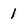
Character: 1